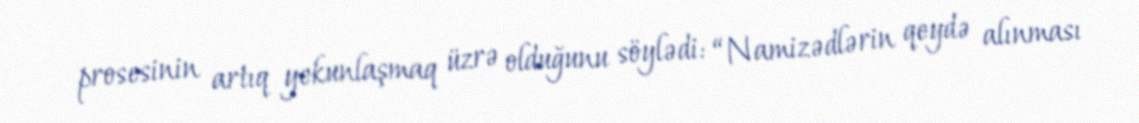
prosesinin artıq yekunlaşmaq üzrə olduğunu söylədi: “Namizədlərin qeydə alınması